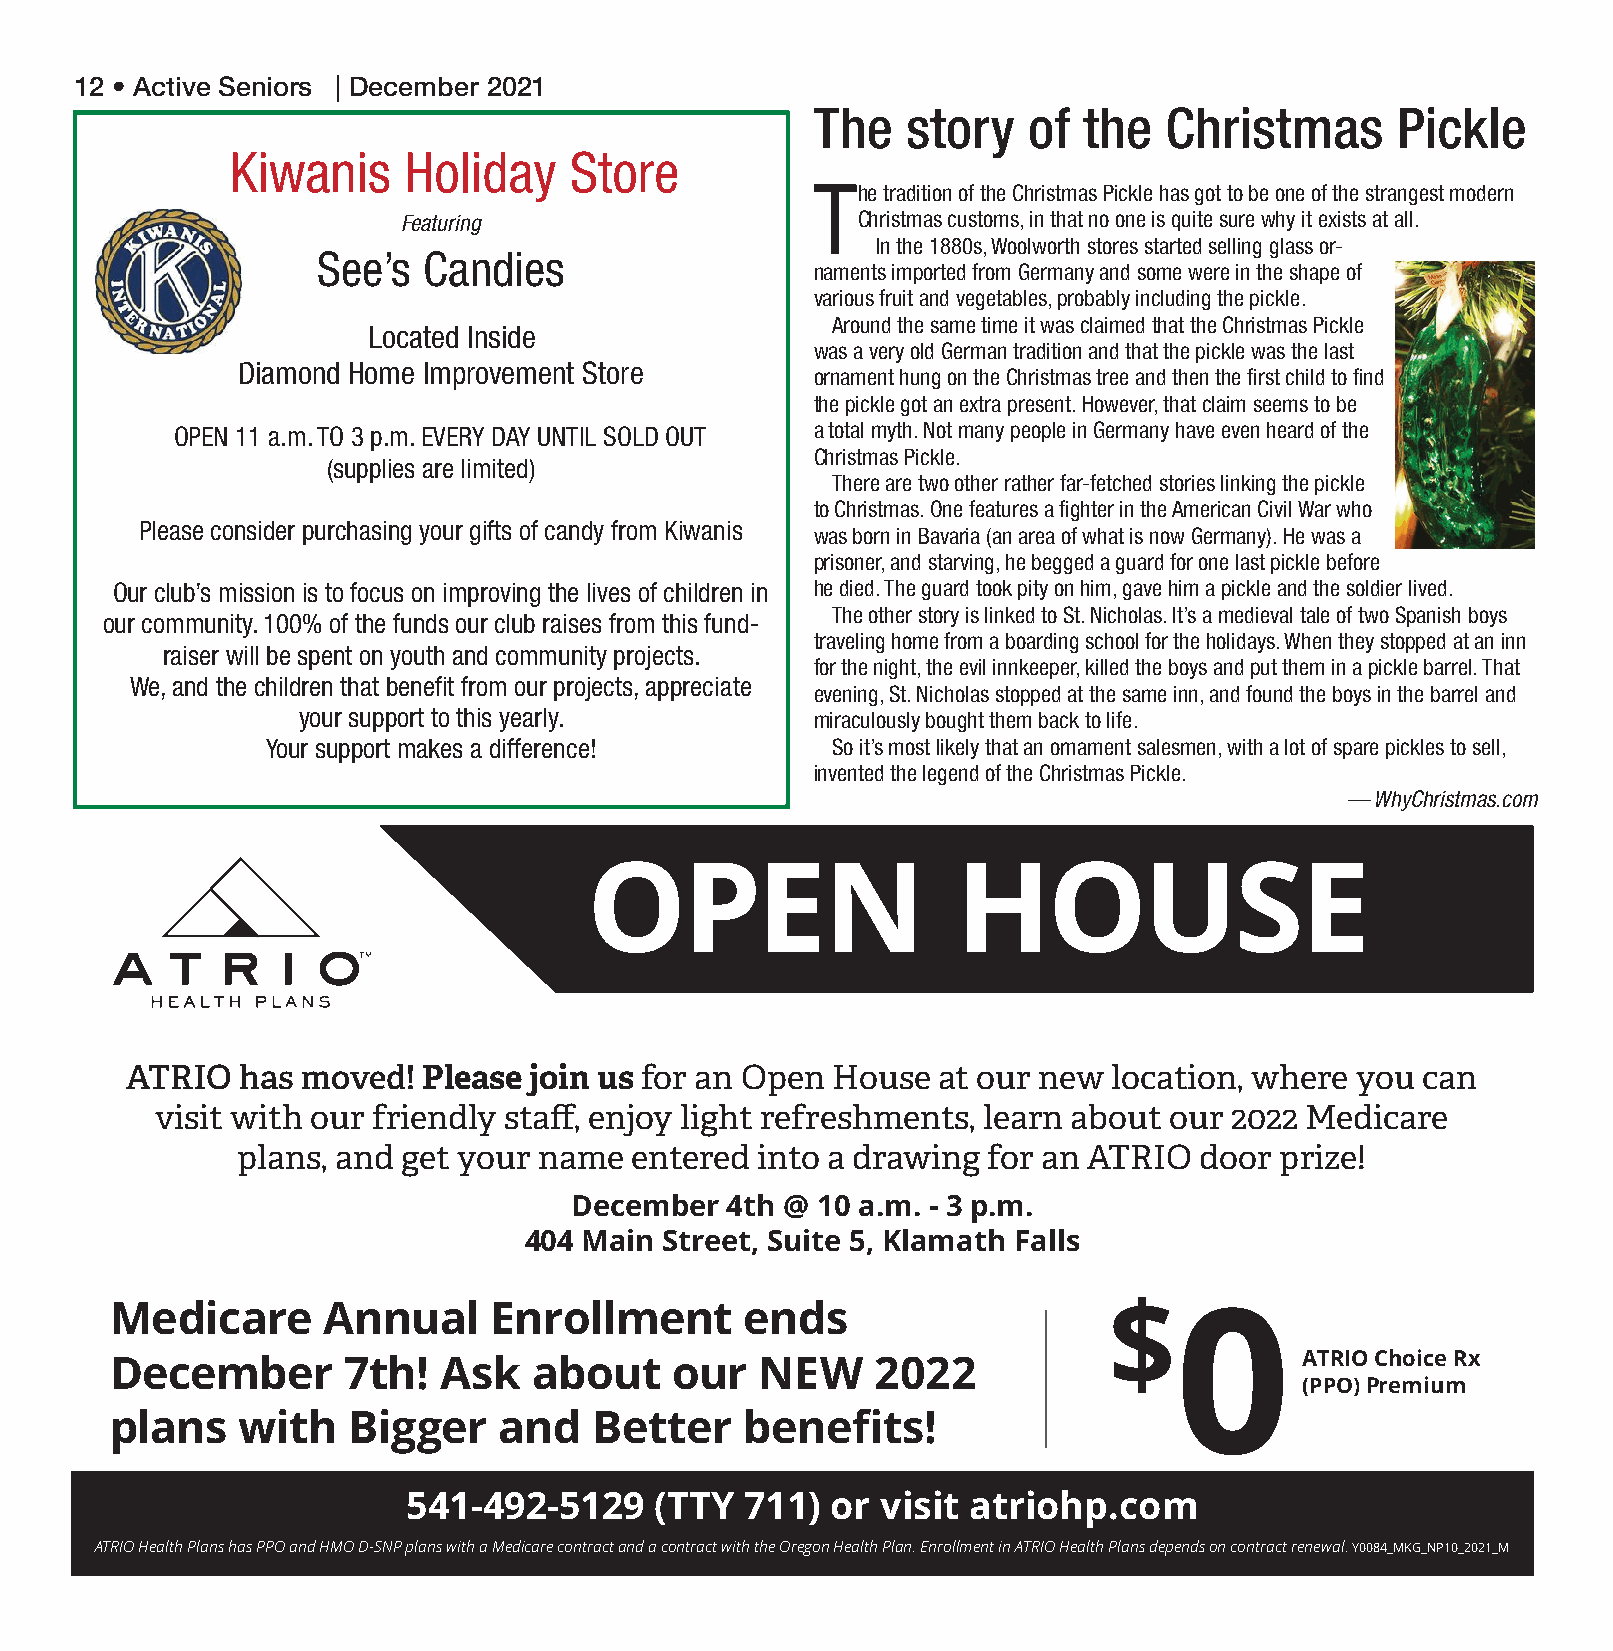
12 • Active Seniors | December 2021
 The   story   of  the  Christmas      Pickle
 Kiwanis     Holiday    Store
 The tradition of the Christmas Pickle has got to be one of the strangest modern
 Featuring                     Christmas customs, in that no one is quite sure why it exists at all.
 In the 1880s, Woolworth stores started selling glass or-
 See’s  Candies
 naments imported from Germany and some were in the shape of
 various fruit and vegetables, probably including the pickle.
 Around the same time it was claimed that the Christmas Pickle
 Located Inside
 was a very old German tradition and that the pickle was the last
 Diamond Home Improvement Store
 ornament hung on the Christmas tree and then the first child to find
 the pickle got an extra present. However, that claim seems to be
 OPEN 11 a.m. TO 3 p.m. EVERY DAY UNTIL SOLD OUT a total myth. Not many people in Germany have even heard of the
 Christmas Pickle.
 (supplies are limited)
 There are two other rather far-fetched stories linking the pickle
 to Christmas. One features a fighter in the American Civil War who
 Please consider purchasing your gifts of candy from Kiwanis
 was born in Bavaria (an area of what is now Germany). He was a
 prisoner, and starving, he begged a guard for one last pickle before
 Our club’s mission is to focus on improving the lives of children in he died. The guard took pity on him, gave him a pickle and the soldier lived.
 The other story is linked to St. Nicholas. It’s a medieval tale of two Spanish boys
 our community. 100% of the funds our club raises from this fund-
 traveling home from a boarding school for the holidays. When they stopped at an inn
 raiser will be spent on youth and community projects.
 for the night, the evil innkeeper, killed the boys and put them in a pickle barrel. That
 We, and the children that benefit from our projects, appreciate
 evening, St. Nicholas stopped at the same inn, and found the boys in the barrel and
 your support to this yearly.      miraculously bought them back to life.
 Your support makes a difference!     So it’s most likely that an ornament salesmen, with a lot of spare pickles to sell,
 invented the legend of the Christmas Pickle.
 — WhyChristmas.com
 OPEN                    HOUSE
 ATRIO   has moved!  Please join us for an Open House  at our new  location, where you can
 visit with our friendly staff, enjoy light refreshments, learn about our 2022 Medicare
 plans, and get your name  entered into a drawing for an ATRIO  door  prize!
 December  4th @ 10 a.m. - 3 p.m.
 404 Main Street, Suite 5, Klamath Falls
 Medicare      Annual      Enrollment      ends                    $
 0
 December        7th!  Ask   about     our  NEW     2022                        ATRIOChoiceRx
 (PPO)Premium
 plans    with   Bigger    and   Better    benefits!
 541-492-5129    (TTY  711)  or visit atriohp.com
 ATRIOHealthPlanshasPPOandHMOD-SNPplanswithaMedicarecontractandacontractwiththeOregonHealthPlan.EnrollmentinATRIOHealthPlansdependsoncontractrenewal.Y0084_MKG_NP10_2021_M